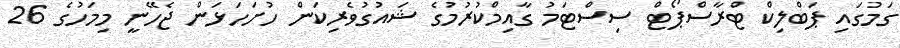
ގަމުގައި ޕަބްލިކް ޓްރާސްޕޯޓް ސިސްޓަމު ގާއިމްކުރުމުގެ ޝައުގުވެރިކަން ހުށަހަޅަން ޖެހޭނީ މިމަހުގެ 26